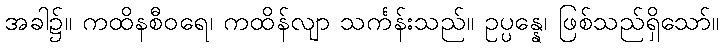
အခါ၌။ ကထိနစီဝရေ၊ ကထိန်လျာ သင်္ကန်းသည်။ ဥပ္ပန္နေ၊ ဖြစ်သည်ရှိသော်။